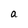
Character: a